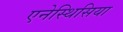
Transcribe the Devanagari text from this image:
एनेस्थिसिया